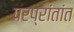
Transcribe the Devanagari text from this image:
परप्रांतांत